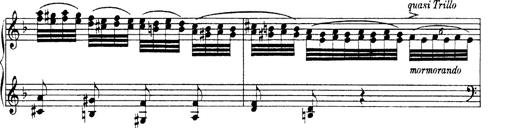
Title: Hungarian Rhapsody No.19
Composer: Franz Liszt
Key: D minor